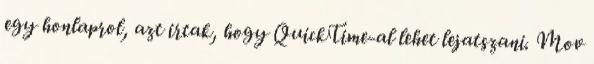
egy honlaprol, azt irtak, hogy QuickTime-al lehet lejatszani. Mov